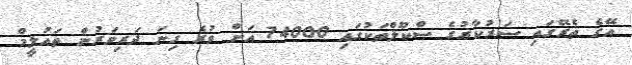
އޭގެ ތެރޭގައި ސަރުކާރުގެ ސްކޫލްތަކުގައި 74000 އަށް ވުރެ ގިނަ ދަރިވަރުން ތައުލީމް